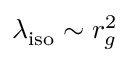
\lambda _ { \mathrm { i s o } } \sim r _ { g } ^ { 2 }